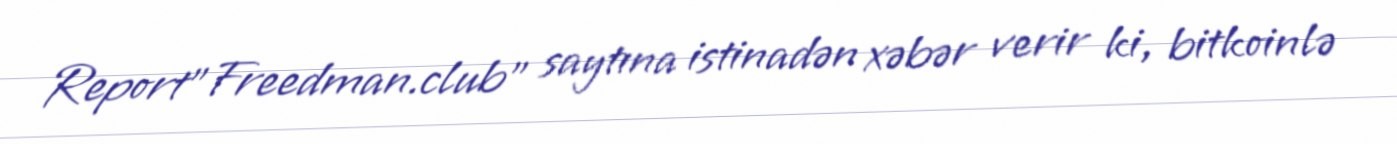
Report"Freedman.club" saytına istinadən xəbər verir ki, bitkoinlə